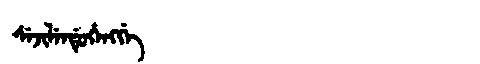
Manchu: ᠰᡝᠵᡳᠯᡝᠨᡩᡠᡥᡝᠩᡤᡝ
Romanization: SEJILENDUHENGGE